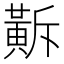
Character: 𪎺